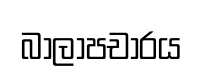
බාලාපචාරය